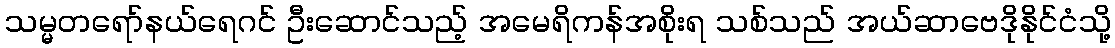
သမ္မတရော်နယ်ရေဂင် ဦးဆောင်သည့် အမေရိကန်အစိုးရ သစ်သည် အယ်ဆာဗေဒိုနိုင်ငံသို့